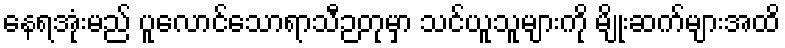
နေရအုံးမည် ပူလောင်သောရာသီဉတုမှာ သင်ယူသူများကို မျိုးဆက်များအထိ